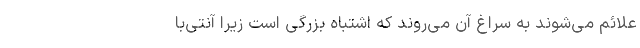
علائم می‌شوند به سراغ آن می‌روند که اشتباه بزرگی است زیرا آنتی‌با